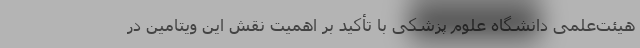
هیئت‌علمی دانشگاه علوم پزشکی با تأکید بر اهمیت نقش این ویتامین در